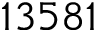
1 3 5 8 1